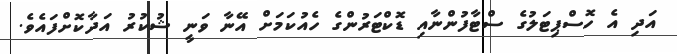
އަދި އެ ހޮސްޕިޓަލުގެ ސްޓާފުންނާއި ޑޮކްޓަރުންގެ ހެއުކަމަށް އޭނާ ވަނީ ޝުކުރު އަދާކޮށްފައެވެ.